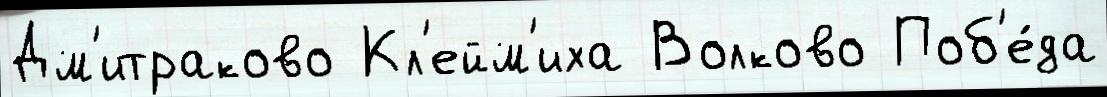
Дм'итраково Кл'ейм'иха Волково Поб'е́да